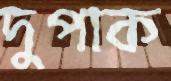
দুপাক